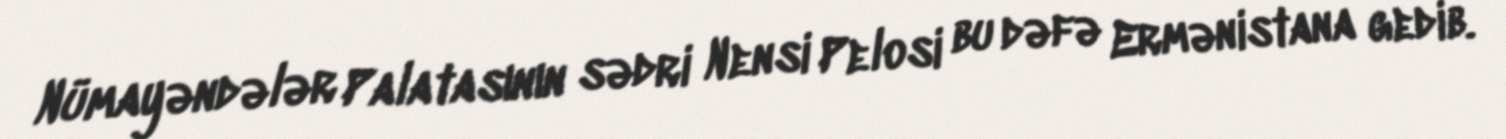
Nümayəndələr Palatasının sədri Nensi Pelosi bu dəfə Ermənistana gedib.